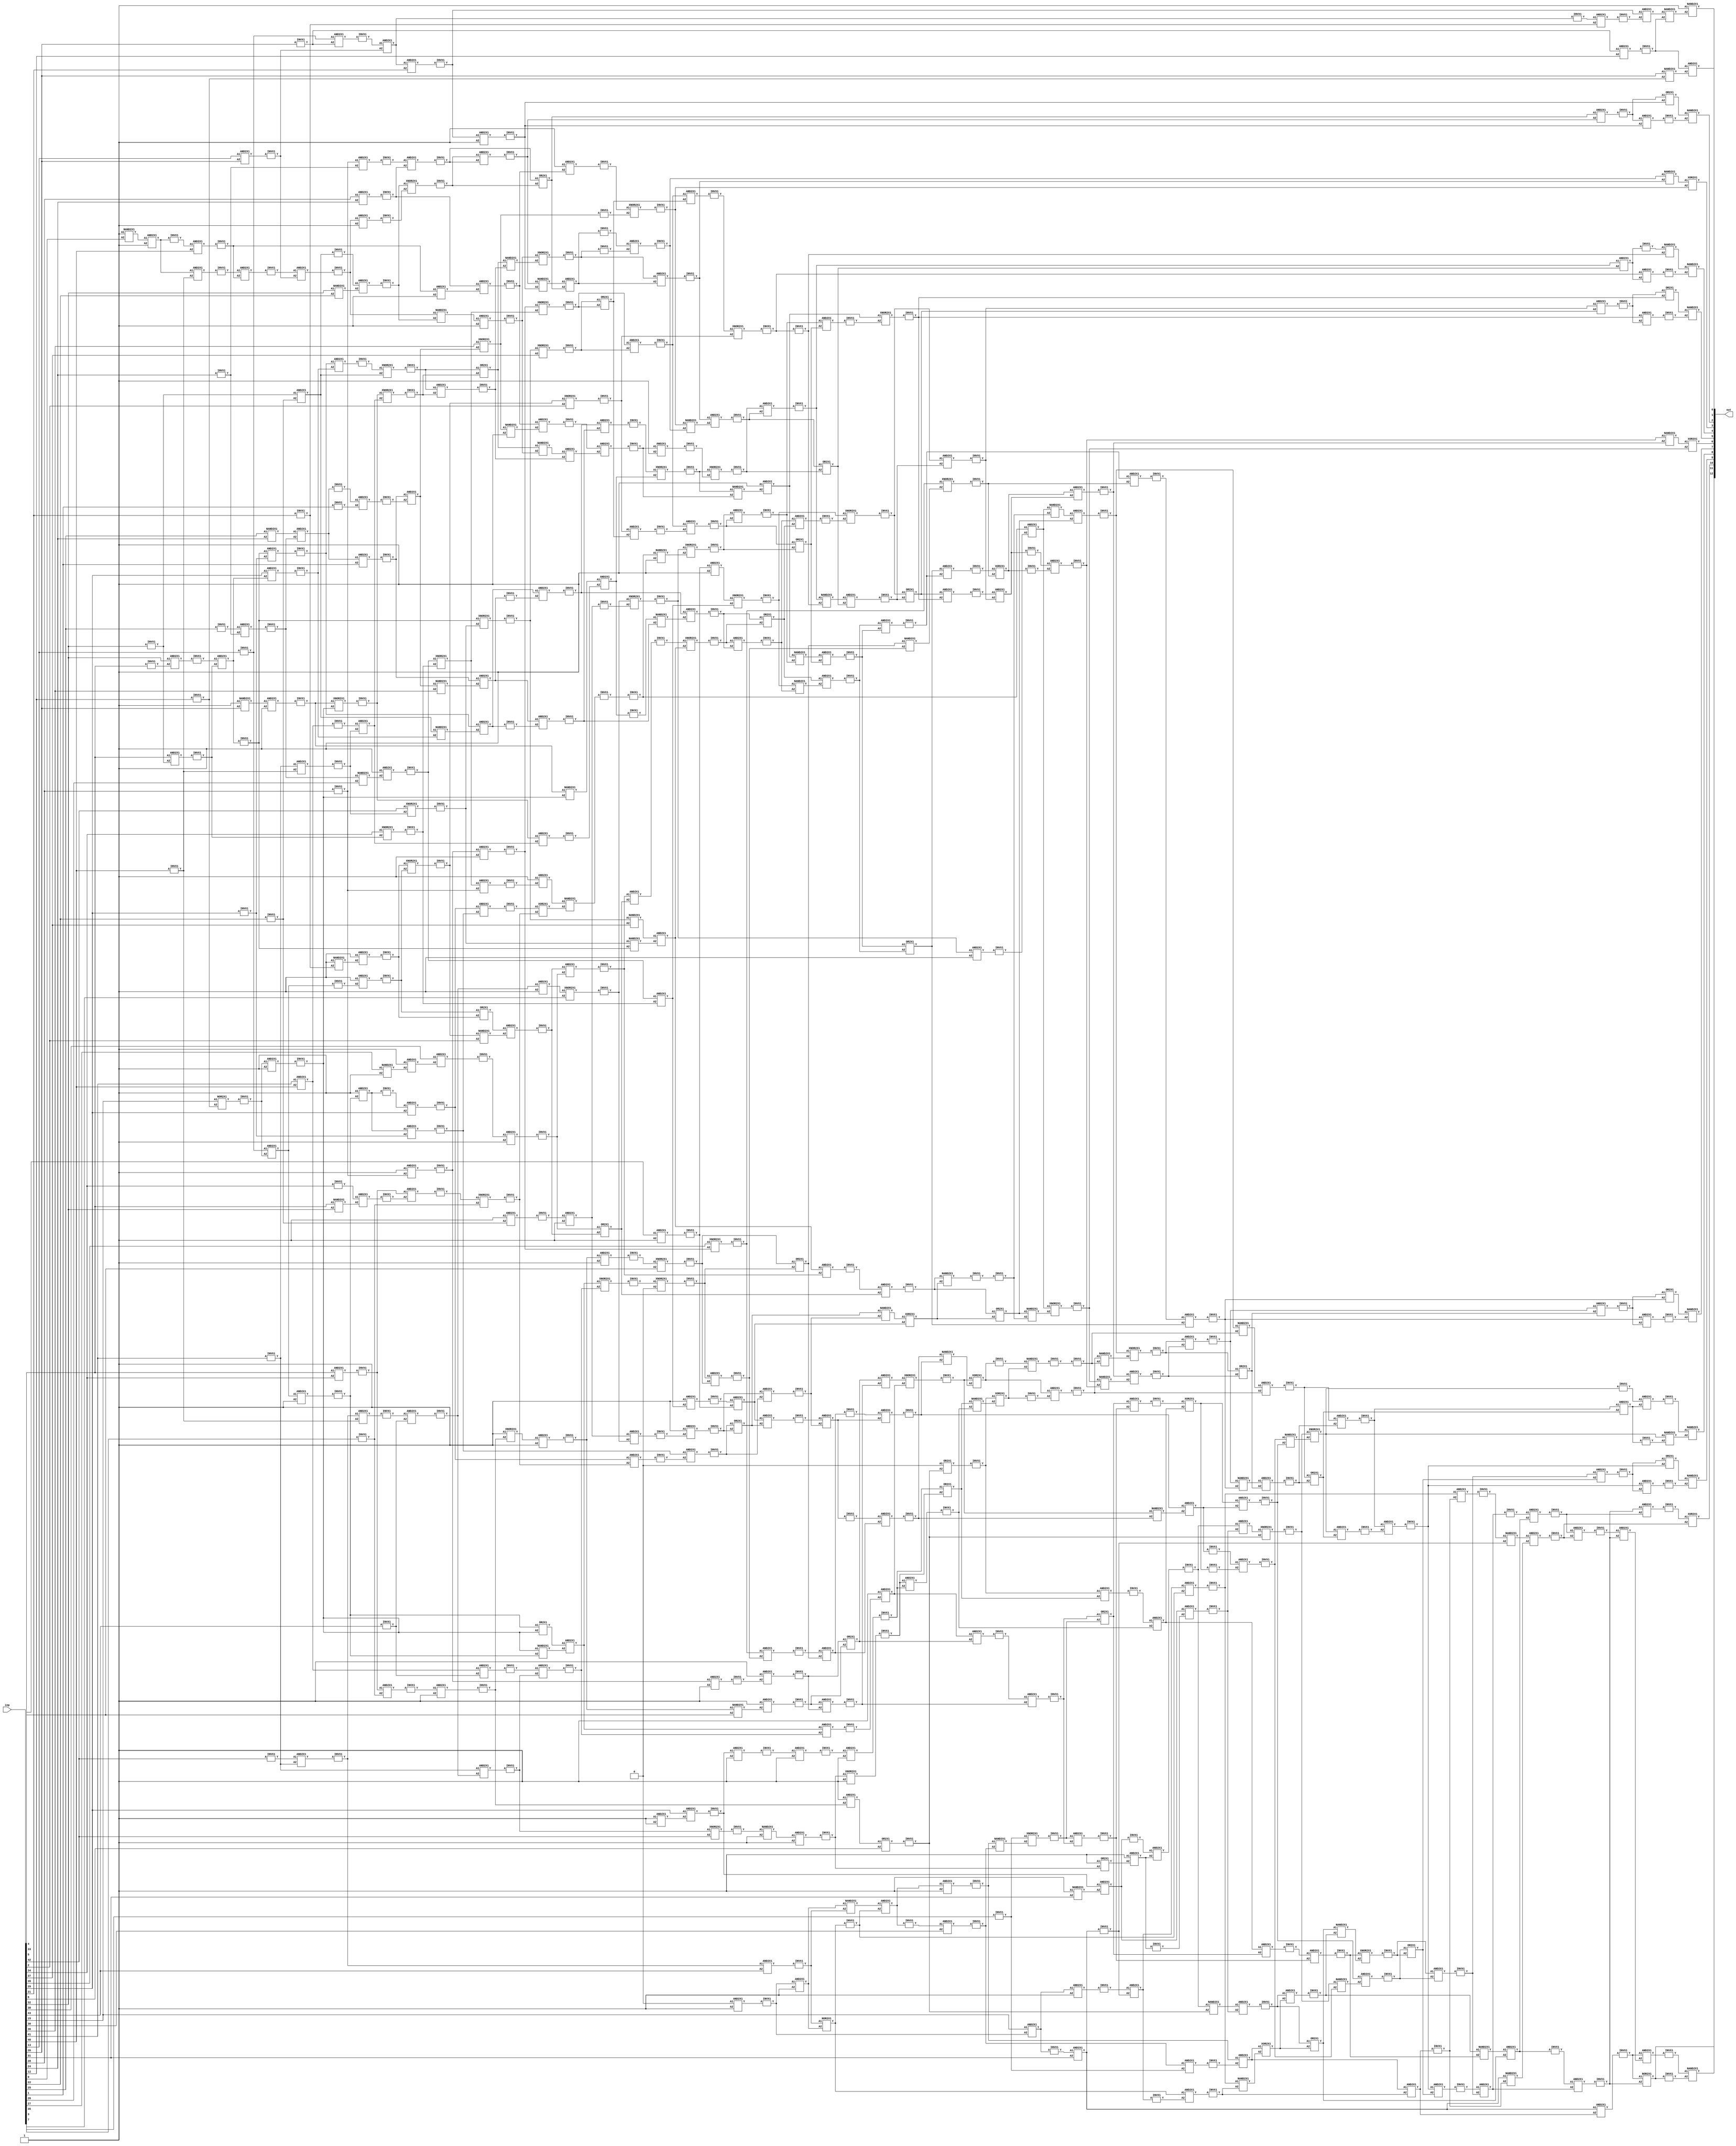
/////////////////////////////////////////////////////////////
// Version   : S-2021.06-SP2
/////////////////////////////////////////////////////////////


module top ( inp, out );
  input [43:0] inp;
  output [12:0] out;
  wire   n8, n9, n10, n11, n12, n13, n14, n15, n16, n17, n18, n19, n20, n21,
         n22, n23, n24, n25, n26, n27, n28, n29, n30, n31, n32, n33, n34, n35,
         n36, n37, n38, n39, n40, n41, n42, n43, n44, n45, n46, n47, n48, n49,
         n50, n51, n52, n53, n54, n55, n56, n57, n58, n59, n60, n61, n62, n63,
         n64, n65, n66, n67, n68, n69, n70, n71, n72, n73, n74, n75, n76, n77,
         n78, n79, n80, n81, n82, n83, n84, n85, n86, n87, n88, n89, n90, n91,
         n92, n93, n94, n95, n96, n98, n99, n100, n101, n102, n103, n104, n105,
         n106, n107, n108, n109, n110, n111, n112, n113, n114, n115, n116,
         n117, n118, n119, n120, n121, n122, n123, n124, n125, n126, n127,
         n128, n129, n130, n131, n132, n133, n134, n135, n136, n137, n138,
         n139, n140, n141, n142, n143, n144, n145, n146, n147, n148, n149,
         n150, n151, n152, n153, n154, n155, n156, n157, n158, n159, n160,
         n161, n162, n163, n164, n165, n166, n167, n168, n169, n170, n171,
         n172, n173, n174, n175, n176, n177, n178, n179, n180, n181, n182,
         n183, n184, n185, n186, n187, n188, n189, n190, n191, n192, n193,
         n194, n195, n196, n197, n198, n199, n200, n201, n202, n203, n204,
         n205, n206, n207, n208, n209, n210, n211, n212, n213, n214, n215,
         n216, n217, n218, n219, n220, n221, n222, n223, n224, n225, n226,
         n227, n228, n229, n230, n231, n232, n233, n234, n235, n236, n237,
         n238, n239, n240, n241, n242, n243, n244, n245, n246, n247, n248,
         n249, n250, n251, n252, n253, n254, n255, n256, n257, n258, n259,
         n260, n261, n262, n263, n264, n265, n266, n267, n268, n269, n270,
         n271, n272, n273, n274, n275, n276, n277, n278, n279, n280, n281,
         n282, n283, n284, n285, n286, n287, n288, n289, n290, n291, n292,
         n293, n294, n295, n296, n297, n298, n299, n300, n301, n302, n303,
         n304, n305, n306, n307, n308, n309, n310, n311, n312, n313, n314,
         n315, n316, n317, n318, n319, n320, n321, n322, n323, n324, n325,
         n326, n327, n328, n329, n330, n331, n332, n333, n334, n335, n336,
         n337, n338, n339, n340, n341, n342, n343, n344, n345, n346, n347,
         n348, n349, n350, n351, n352, n353, n354, n355, n356, n357, n358,
         n359, n360, n361, n362, n363, n364, n365, n366, n367, n368, n369,
         n370, n371, n372, n373, n374, n375, n376, n377, n378, n379, n380,
         n381, n382, n383, n384, n385, n386, n387, n388, n389, n390, n391,
         n392, n393, n394, n395, n396, n397, n398, n399, n400, n401, n402,
         n403, n404, n405, n406, n407, n408, n409, n410, n411, n412, n413,
         n414, n415, n416, n417, n418, n419, n420, n421, n422, n423, n424,
         n425, n426, n427, n428, n429, n430, n431, n432, n433, n434, n435,
         n436, n437, n438, n439, n440, n441, n442, n443, n444, n445, n446,
         n447, n448, n449, n450, n451, n452, n453, n454, n455, n456, n457,
         n458, n459, n460, n461, n462, n463, n464, n465, n466, n467, n468,
         n469, n470, n471, n472, n473, n474, n475, n476, n477, n478, n479,
         n480, n481, n482, n483, n484, n485, n486, n487, n488, n489, n490,
         n491, n492, n493, n494, n495, n496, n497, n498, n499, n500, n501,
         n502, n503, n504, n505, n506, n507, n508, n509, n510, n511, n512,
         n513, n514, n515, n516, n517, n518, n519, n520, n521, n522, n523,
         n524, n525, n526, n527, n528, n529, n530, n531, n532, n533, n534,
         n535, n536, n537, n538, n539, n540, n541, n542, n543, n544, n545,
         n546, n547, n548, n549, n550, n551, n552, n553, n554, n555, n556,
         n557, n558, n559, n560, n561, n562, n563, n564, n565, n566, n567,
         n568, n569, n570, n571, n572, n573, n574, n575, n576, n577, n578,
         n579, n580, n581, n582, n583, n584, n585, n586, n587, n588, n589,
         n590, n591, n592, n593, n594, n595, n596, n597, n598, n599, n600,
         n601, n602, n603, n604, n605, n606, n607, n608, n609, n610, n611,
         n612, n613, n614, n615, n616, n617, n618, n619, n620, n621, n622,
         n623, n624, n625, n626, n627, n628, n629, n630, n631, n632, n633,
         n634, n635, n636, n637, n638, n639, n640, n641, n642, n643, n644,
         n645, n646, n647, n648, n649, n650, n651, n652, n653, n654, n655,
         n656, n657, n658, n659, n660, n661, n662, n663, n664, n665, n666,
         n667, n668, n669, n670, n671, n672, n673, n674, n675, n676, n677,
         n678, n679, n680, n681, n682, n683, n684, n685, n686, n687, n688,
         n689, n690, n691, n692, n693, n694, n695, n696, n697, n698, n699,
         n700, n701, n702, n703, n704, n705, n706;

  AND2X1 U16 ( .A1(n632), .A2(n633), .Y(n672) );
  INVX1 U17 ( .A(n672), .Y(n8) );
  AND2X1 U18 ( .A1(n506), .A2(n505), .Y(n588) );
  INVX1 U19 ( .A(n588), .Y(n9) );
  AND2X1 U20 ( .A1(n569), .A2(n237), .Y(n573) );
  INVX1 U21 ( .A(n573), .Y(n10) );
  AND2X1 U22 ( .A1(n38), .A2(n235), .Y(n530) );
  INVX1 U23 ( .A(n530), .Y(n11) );
  AND2X1 U24 ( .A1(n664), .A2(n262), .Y(n631) );
  INVX1 U25 ( .A(n631), .Y(n12) );
  AND2X1 U26 ( .A1(n270), .A2(n346), .Y(n348) );
  INVX1 U27 ( .A(n348), .Y(n13) );
  AND2X1 U28 ( .A1(inp[32]), .A2(n326), .Y(n328) );
  INVX1 U29 ( .A(n328), .Y(n14) );
  AND2X1 U30 ( .A1(n441), .A2(n343), .Y(n306) );
  INVX1 U31 ( .A(n306), .Y(n15) );
  AND2X1 U32 ( .A1(n459), .A2(n458), .Y(n460) );
  INVX1 U33 ( .A(n460), .Y(n16) );
  AND2X1 U34 ( .A1(n391), .A2(n299), .Y(n300) );
  INVX1 U35 ( .A(n300), .Y(n17) );
  AND2X1 U36 ( .A1(n489), .A2(n490), .Y(n493) );
  INVX1 U37 ( .A(n493), .Y(n18) );
  AND2X1 U38 ( .A1(n309), .A2(n454), .Y(n310) );
  INVX1 U39 ( .A(n310), .Y(n19) );
  AND2X1 U40 ( .A1(n439), .A2(n441), .Y(n442) );
  INVX1 U41 ( .A(n442), .Y(n20) );
  AND2X1 U42 ( .A1(n233), .A2(n654), .Y(n539) );
  INVX1 U43 ( .A(n539), .Y(n21) );
  AND2X1 U44 ( .A1(n653), .A2(n654), .Y(n655) );
  INVX1 U45 ( .A(n655), .Y(n22) );
  AND2X1 U46 ( .A1(n48), .A2(n481), .Y(n484) );
  INVX1 U47 ( .A(n484), .Y(n23) );
  AND2X1 U48 ( .A1(n248), .A2(n660), .Y(n661) );
  INVX1 U49 ( .A(n661), .Y(n24) );
  AND2X1 U50 ( .A1(n577), .A2(n576), .Y(n603) );
  INVX1 U51 ( .A(n603), .Y(n25) );
  INVX1 U52 ( .A(n580), .Y(n26) );
  INVX1 U53 ( .A(n26), .Y(n27) );
  AND2X1 U54 ( .A1(n59), .A2(n663), .Y(n691) );
  INVX1 U55 ( .A(n691), .Y(n28) );
  AND2X1 U56 ( .A1(n101), .A2(n396), .Y(n397) );
  INVX1 U57 ( .A(n397), .Y(n29) );
  AND2X1 U58 ( .A1(n210), .A2(n646), .Y(n648) );
  INVX1 U59 ( .A(n648), .Y(n30) );
  AND2X1 U60 ( .A1(inp[43]), .A2(n455), .Y() );
  INVX1 U61 ( .A(n456), .Y() );
  OR2X1 U62 ( .A1(n549), .A2(n141), .Y(n628) );
  INVX1 U63 ( .A(n628), .Y(n32) );
  XNOR2X1 U64 ( .A1(n35), .A2(n570), .Y(n497) );
  INVX1 U65 ( .A(n497), .Y(n33) );
  XNOR2X1 U66 ( .A1(n42), .A2(n199), .Y(n434) );
  INVX1 U67 ( .A(n434), .Y(n34) );
  XNOR2X1 U68 ( .A1(n569), .A2(n237), .Y(n571) );
  INVX1 U69 ( .A(n571), .Y(n35) );
  XNOR2X1 U70 ( .A1(n515), .A2(inp[3]), .Y(n517) );
  INVX1 U71 ( .A(n517), .Y(n36) );
  XNOR2X1 U72 ( .A1(n165), .A2(n508), .Y(n422) );
  INVX1 U73 ( .A(n422), .Y(n37) );
  XNOR2X1 U74 ( .A1(n36), .A2(n222), .Y(n528) );
  INVX1 U75 ( .A(n528), .Y(n38) );
  AND2X1 U76 ( .A1(n280), .A2(inp[29]), .Y(n511) );
  INVX1 U77 ( .A(n511), .Y(n39) );
  AND2X1 U78 ( .A1(n347), .A2(inp[1]), .Y(n370) );
  INVX1 U79 ( .A(n370), .Y(n40) );
  AND2X1 U80 ( .A1(n296), .A2(inp[14]), .Y() );
  INVX1 U81 ( .A(n614), .Y() );
  XNOR2X1 U82 ( .A1(n427), .A2(n522), .Y(n476) );
  INVX1 U83 ( .A(n476), .Y(n42) );
  XNOR2X1 U84 ( .A1(n644), .A2(n141), .Y(n670) );
  INVX1 U85 ( .A(n670), .Y(n43) );
  XNOR2X1 U86 ( .A1(n574), .A2(n622), .Y(n608) );
  INVX1 U87 ( .A(n608), .Y(n44) );
  XNOR2X1 U88 ( .A1(n266), .A2(n584), .Y(n590) );
  INVX1 U89 ( .A(n590), .Y(n45) );
  XNOR2X1 U90 ( .A1(n62), .A2(n668), .Y(n673) );
  INVX1 U91 ( .A(n673), .Y(n46) );
  AND2X1 U92 ( .A1(inp[30]), .A2(inp[28]), .Y() );
  INVX1 U93 ( .A(n562), .Y() );
  AND2X1 U94 ( .A1(inp[33]), .A2(inp[34]), .Y(n482) );
  INVX1 U95 ( .A(n482), .Y(n48) );
  AND2X1 U96 ( .A1(n392), .A2(inp[13]), .Y() );
  INVX1 U97 ( .A(n124), .Y() );
  AND2X1 U98 ( .A1(n251), .A2(inp[40]), .Y(n349) );
  INVX1 U99 ( .A(n349), .Y(n50) );
  AND2X1 U100 ( .A1(n486), .A2(n277), .Y() );
  INVX1 U101 ( .A(n125), .Y() );
  AND2X1 U102 ( .A1(n487), .A2(n485), .Y(n564) );
  INVX1 U103 ( .A(n564), .Y(n52) );
  AND2X1 U104 ( .A1(n657), .A2(n656), .Y(n683) );
  INVX1 U105 ( .A(n683), .Y(n53) );
  XNOR2X1 U106 ( .A1(n660), .A2(n620), .Y(n625) );
  INVX1 U107 ( .A(n625), .Y(n54) );
  XNOR2X1 U108 ( .A1(n38), .A2(n461), .Y(n463) );
  INVX1 U109 ( .A(n463), .Y(n55) );
  AND2X1 U110 ( .A1(n176), .A2(n264), .Y(n591) );
  INVX1 U111 ( .A(n591), .Y(n56) );
  AND2X1 U112 ( .A1(n149), .A2(n221), .Y(n507) );
  INVX1 U113 ( .A(n507), .Y(n57) );
  AND2X1 U114 ( .A1(n64), .A2(n259), .Y(n677) );
  INVX1 U115 ( .A(n677), .Y(n58) );
  AND2X1 U116 ( .A1(n131), .A2(n230), .Y(n120) );
  INVX1 U117 ( .A(n120), .Y(n59) );
  AND2X1 U118 ( .A1(n145), .A2(n193), .Y(n462) );
  INVX1 U119 ( .A(n462), .Y(n60) );
  AND2X1 U120 ( .A1(n206), .A2(n207), .Y(n116) );
  INVX1 U121 ( .A(n116), .Y(n61) );
  AND2X1 U122 ( .A1(n192), .A2(n262), .Y(n692) );
  INVX1 U123 ( .A(n692), .Y(n62) );
  XNOR2X1 U124 ( .A1(n581), .A2(n532), .Y(n585) );
  INVX1 U125 ( .A(n585), .Y(n63) );
  AND2X1 U126 ( .A1(n604), .A2(n25), .Y(n606) );
  INVX1 U127 ( .A(n606), .Y(n64) );
  AND2X1 U128 ( .A1(n159), .A2(n285), .Y(n334) );
  INVX1 U129 ( .A(n334), .Y(n65) );
  AND2X1 U130 ( .A1(n191), .A2(n228), .Y(n626) );
  INVX1 U131 ( .A(n626), .Y(n66) );
  AND2X1 U132 ( .A1(n339), .A2(n236), .Y(n118) );
  INVX1 U133 ( .A(n118), .Y(n67) );
  AND2X1 U134 ( .A1(inp[4]), .A2(n654), .Y(n524) );
  INVX1 U135 ( .A(n524), .Y(n68) );
  AND2X1 U136 ( .A1(n23), .A2(n284), .Y(n546) );
  INVX1 U137 ( .A(n546), .Y(n69) );
  AND2X1 U138 ( .A1(n273), .A2(n490), .Y(n491) );
  INVX1 U139 ( .A(n491), .Y(n70) );
  AND2X1 U140 ( .A1(n612), .A2(n613), .Y(n652) );
  INVX1 U141 ( .A(n652), .Y(n71) );
  AND2X1 U142 ( .A1(n619), .A2(n618), .Y(n662) );
  INVX1 U143 ( .A(n662), .Y(n72) );
  AND2X1 U144 ( .A1(inp[31]), .A2(n424), .Y() );
  INVX1 U145 ( .A(n521), .Y() );
  AND2X1 U146 ( .A1(n492), .A2(n454), .Y(n384) );
  INVX1 U147 ( .A(n384), .Y(n74) );
  AND2X1 U148 ( .A1(inp[33]), .A2(n327), .Y(n387) );
  INVX1 U149 ( .A(n387), .Y(n75) );
  AND2X1 U150 ( .A1(n445), .A2(n536), .Y(n514) );
  INVX1 U151 ( .A(n514), .Y(n76) );
  AND2X1 U152 ( .A1(n293), .A2(n536), .Y(n373) );
  INVX1 U153 ( .A(n373), .Y(n77) );
  AND2X1 U154 ( .A1(n618), .A2(n441), .Y(n560) );
  INVX1 U155 ( .A(n560), .Y(n78) );
  AND2X1 U156 ( .A1(n453), .A2(n492), .Y(n611) );
  INVX1 U157 ( .A(n611), .Y(n79) );
  XNOR2X1 U158 ( .A1(n177), .A2(n329), .Y(n332) );
  INVX1 U159 ( .A(n332), .Y(n80) );
  XNOR2X1 U160 ( .A1(n195), .A2(inp[5]), .Y(n496) );
  INVX1 U161 ( .A(n496), .Y(n81) );
  XNOR2X1 U162 ( .A1(n154), .A2(n171), .Y(n316) );
  INVX1 U163 ( .A(n316), .Y(n82) );
  XNOR2X1 U164 ( .A1(n209), .A2(n284), .Y(n545) );
  INVX1 U165 ( .A(n545), .Y(n83) );
  XNOR2X1 U166 ( .A1(n213), .A2(inp[42]), .Y(n541) );
  INVX1 U167 ( .A(n541), .Y(n84) );
  XNOR2X1 U168 ( .A1(n153), .A2(n439), .Y(n388) );
  INVX1 U169 ( .A(n388), .Y(n85) );
  XNOR2X1 U170 ( .A1(n92), .A2(inp[2]), .Y(n436) );
  INVX1 U171 ( .A(n436), .Y(n86) );
  XNOR2X1 U172 ( .A1(n95), .A2(n499), .Y(n592) );
  INVX1 U173 ( .A(n592), .Y(n87) );
  XNOR2X1 U174 ( .A1(inp[34]), .A2(n75), .Y(n425) );
  INVX1 U175 ( .A(n425), .Y(n88) );
  XNOR2X1 U176 ( .A1(n98), .A2(n172), .Y(n382) );
  INVX1 U177 ( .A(n382), .Y(n89) );
  XNOR2X1 U178 ( .A1(n94), .A2(inp[37]), .Y(n389) );
  INVX1 U179 ( .A(n389), .Y(n90) );
  XNOR2X1 U180 ( .A1(n93), .A2(n365), .Y(n331) );
  INVX1 U181 ( .A(n331), .Y(n91) );
  XNOR2X1 U182 ( .A1(n215), .A2(n250), .Y(n411) );
  INVX1 U183 ( .A(n411), .Y(n92) );
  XNOR2X1 U184 ( .A1(n156), .A2(n186), .Y(n366) );
  INVX1 U185 ( .A(n366), .Y(n93) );
  XNOR2X1 U186 ( .A1(n293), .A2(n96), .Y(n418) );
  INVX1 U187 ( .A(n418), .Y(n94) );
  XNOR2X1 U188 ( .A1(inp[39]), .A2(n153), .Y(n554) );
  INVX1 U189 ( .A(n554), .Y(n95) );
  XNOR2X1 U190 ( .A1(inp[42]), .A2(n74), .Y(n416) );
  INVX1 U191 ( .A(n416), .Y(n96) );
  NOR2X1 U192 ( .A1(n105), .A2(n188), .Y(out[12]) );
  XNOR2X1 U193 ( .A1(n174), .A2(n400), .Y(n464) );
  INVX1 U194 ( .A(n464), .Y(n98) );
  XNOR2X1 U195 ( .A1(n158), .A2(n481), .Y(n512) );
  INVX1 U196 ( .A(n512), .Y(n99) );
  XNOR2X1 U197 ( .A1(n173), .A2(n276), .Y(n379) );
  INVX1 U198 ( .A(n379), .Y(n100) );
  XNOR2X1 U199 ( .A1(n194), .A2(n86), .Y(n119) );
  INVX1 U200 ( .A(n119), .Y(n101) );
  XNOR2X1 U201 ( .A1(n275), .A2(n336), .Y(n342) );
  INVX1 U202 ( .A(n342), .Y(n102) );
  AND2X1 U203 ( .A1(inp[29]), .A2(n535), .Y(n637) );
  INVX1 U204 ( .A(n637), .Y(n103) );
  AND2X1 U205 ( .A1(n243), .A2(n351), .Y() );
  INVX1 U206 ( .A(n359), .Y() );
  AND2X1 U207 ( .A1(n685), .A2(n698), .Y(n703) );
  INVX1 U208 ( .A(n703), .Y(n105) );
  AND2X1 U209 ( .A1(n249), .A2(n695), .Y(n700) );
  INVX1 U210 ( .A(n700), .Y(n106) );
  INVX1 U211 ( .A(n467), .Y() );
  INVX1 U212 ( .A(n107), .Y() );
  AND2X1 U213 ( .A1(n374), .A2(n252), .Y(n402) );
  INVX1 U214 ( .A(n402), .Y(n109) );
  AND2X1 U215 ( .A1(n301), .A2(inp[21]), .Y(n318) );
  INVX1 U216 ( .A(n318), .Y(n110) );
  AND2X1 U217 ( .A1(n294), .A2(n350), .Y(n361) );
  INVX1 U218 ( .A(n361), .Y(n111) );
  AND2X1 U219 ( .A1(inp[23]), .A2(inp[20]), .Y() );
  INVX1 U220 ( .A(n121), .Y() );
  AND2X1 U221 ( .A1(n58), .A2(n198), .Y(n122) );
  INVX1 U222 ( .A(n122), .Y(n113) );
  AND2X1 U223 ( .A1(inp[14]), .A2(inp[0]), .Y() );
  INVX1 U224 ( .A(n123), .Y() );
  XNOR2X1 U225 ( .A1(n473), .A2(n187), .Y(n135) );
  INVX1 U226 ( .A(n135), .Y(n115) );
  NAND2X1 U227 ( .A1(n647), .A2(n138), .Y(n117) );
  NAND2X1 U228 ( .A1(n627), .A2(n185), .Y(n126) );
  NAND2X1 U229 ( .A1(n53), .A2(n147), .Y(n127) );
  NAND2X1 U230 ( .A1(n186), .A2(n283), .Y(n128) );
  NAND2X1 U231 ( .A1(n236), .A2(n179), .Y(n129) );
  NAND2X1 U232 ( .A1(n156), .A2(n186), .Y(n130) );
  NAND2X1 U233 ( .A1(n246), .A2(n141), .Y(n131) );
  NAND2X1 U234 ( .A1(n261), .A2(n184), .Y(n132) );
  NAND2X1 U235 ( .A1(n473), .A2(n180), .Y(n133) );
  NAND2X1 U236 ( .A1(n65), .A2(n154), .Y(n134) );
  AND2X1 U237 ( .A1(n102), .A2(n341), .Y(n381) );
  INVX1 U238 ( .A(n381), .Y(n136) );
  AND2X1 U239 ( .A1(n255), .A2(n432), .Y(n396) );
  INVX1 U240 ( .A(n396), .Y(n137) );
  AND2X1 U241 ( .A1(n58), .A2(n675), .Y(n646) );
  INVX1 U242 ( .A(n646), .Y(n138) );
  AND2X1 U243 ( .A1(n694), .A2(n693), .Y(n695) );
  INVX1 U244 ( .A(n695), .Y(n139) );
  AND2X1 U245 ( .A1(n641), .A2(n640), .Y(n642) );
  INVX1 U246 ( .A(n642), .Y(n140) );
  OR2X1 U247 ( .A1(n548), .A2(inp[6]), .Y(n650) );
  INVX1 U248 ( .A(n650), .Y(n141) );
  XNOR2X1 U249 ( .A1(n155), .A2(n88), .Y(n439) );
  INVX1 U250 ( .A(n439), .Y(n142) );
  AND2X1 U251 ( .A1(n404), .A2(n403), .Y() );
  INVX1 U252 ( .A(n547), .Y() );
  AND2X1 U253 ( .A1(n33), .A2(n81), .Y(n555) );
  INVX1 U254 ( .A(n555), .Y(n144) );
  AND2X1 U255 ( .A1(n85), .A2(n90), .Y(n437) );
  INVX1 U256 ( .A(n437), .Y(n145) );
  AND2X1 U257 ( .A1(n37), .A2(n258), .Y(n475) );
  INVX1 U258 ( .A(n475), .Y(n146) );
  AND2X1 U259 ( .A1(n658), .A2(n274), .Y(n681) );
  INVX1 U260 ( .A(n681), .Y(n147) );
  AND2X1 U261 ( .A1(n21), .A2(n538), .Y(n544) );
  INVX1 U262 ( .A(n544), .Y(n148) );
  AND2X1 U263 ( .A1(n413), .A2(n412), .Y(n414) );
  INVX1 U264 ( .A(n414), .Y(n149) );
  AND2X1 U265 ( .A1(n51), .A2(n565), .Y(n567) );
  INVX1 U266 ( .A(n567), .Y(n150) );
  AND2X1 U267 ( .A1(n447), .A2(n446), .Y(n483) );
  INVX1 U268 ( .A(n483), .Y(n151) );
  AND2X1 U269 ( .A1(n39), .A2(n99), .Y(n513) );
  INVX1 U270 ( .A(n513), .Y(n152) );
  AND2X1 U271 ( .A1(n78), .A2(n47), .Y(n498) );
  INVX1 U272 ( .A(n498), .Y(n153) );
  AND2X1 U273 ( .A1(n272), .A2(n313), .Y(n333) );
  INVX1 U274 ( .A(n333), .Y(n154) );
  AND2X1 U275 ( .A1(n405), .A2(n386), .Y(n426) );
  INVX1 U276 ( .A(n426), .Y(n155) );
  AND2X1 U277 ( .A1(n325), .A2(n324), .Y(n364) );
  INVX1 U278 ( .A(n364), .Y(n156) );
  AND2X1 U279 ( .A1(n47), .A2(n182), .Y(n566) );
  INVX1 U280 ( .A(n566), .Y(n157) );
  AND2X1 U281 ( .A1(n48), .A2(n151), .Y(n448) );
  INVX1 U282 ( .A(n448), .Y(n158) );
  AND2X1 U283 ( .A1(n19), .A2(n50), .Y(n311) );
  INVX1 U284 ( .A(n311), .Y(n159) );
  AND2X1 U285 ( .A1(n113), .A2(n267), .Y(n680) );
  INVX1 U286 ( .A(n680), .Y(n160) );
  AND2X1 U287 ( .A1(n508), .A2(n57), .Y(n510) );
  INVX1 U288 ( .A(n510), .Y(n161) );
  AND2X1 U289 ( .A1(n9), .A2(n587), .Y(n589) );
  INVX1 U290 ( .A(n589), .Y(n162) );
  AND2X1 U291 ( .A1(n56), .A2(n87), .Y(n593) );
  INVX1 U292 ( .A(n593), .Y(n163) );
  AND2X1 U293 ( .A1(n431), .A2(n432), .Y(n433) );
  INVX1 U294 ( .A(n433), .Y(n164) );
  AND2X1 U295 ( .A1(n57), .A2(n509), .Y(n421) );
  INVX1 U296 ( .A(n421), .Y(n165) );
  AND2X1 U297 ( .A1(n594), .A2(n56), .Y(n500) );
  INVX1 U298 ( .A(n500), .Y(n166) );
  AND2X1 U299 ( .A1(n188), .A2(n106), .Y(n697) );
  INVX1 U300 ( .A(n697), .Y(n167) );
  AND2X1 U301 ( .A1(n73), .A2(n522), .Y(n523) );
  INVX1 U302 ( .A(n523), .Y(n168) );
  AND2X1 U303 ( .A1(n53), .A2(n292), .Y(n684) );
  INVX1 U304 ( .A(n684), .Y(n169) );
  AND2X1 U305 ( .A1(n105), .A2(n704), .Y(n705) );
  INVX1 U306 ( .A(n705), .Y(n170) );
  AND2X1 U307 ( .A1(n65), .A2(n335), .Y(n314) );
  INVX1 U308 ( .A(n314), .Y(n171) );
  AND2X1 U309 ( .A1(n242), .A2(n108), .Y(n377) );
  INVX1 U310 ( .A(n377), .Y(n172) );
  AND2X1 U311 ( .A1(n104), .A2(n111), .Y(n352) );
  INVX1 U312 ( .A(n352), .Y(n173) );
  AND2X1 U313 ( .A1(n109), .A2(n241), .Y(n376) );
  INVX1 U314 ( .A(n376), .Y(n174) );
  AND2X1 U315 ( .A1(n15), .A2(n294), .Y(n315) );
  INVX1 U316 ( .A(n315), .Y(n175) );
  AND2X1 U317 ( .A1(n478), .A2(n477), .Y(n479) );
  INVX1 U318 ( .A(n479), .Y(n176) );
  AND2X1 U319 ( .A1(n77), .A2(n281), .Y(n330) );
  INVX1 U320 ( .A(n330), .Y(n177) );
  AND2X1 U321 ( .A1(n39), .A2(n76), .Y(n449) );
  INVX1 U322 ( .A(n449), .Y(n178) );
  AND2X1 U323 ( .A1(n110), .A2(n319), .Y(n338) );
  INVX1 U324 ( .A(n338), .Y(n179) );
  AND2X1 U325 ( .A1(n55), .A2(n60), .Y(n472) );
  INVX1 U326 ( .A(n472), .Y(n180) );
  AND2X1 U327 ( .A1(n687), .A2(n686), .Y(n699) );
  INVX1 U328 ( .A(n699), .Y(n181) );
  AND2X1 U329 ( .A1(n78), .A2(n561), .Y(n563) );
  INVX1 U330 ( .A(n563), .Y(n182) );
  AND2X1 U331 ( .A1(n184), .A2(n269), .Y(n597) );
  INVX1 U332 ( .A(n597), .Y(n183) );
  AND2X1 U333 ( .A1(n163), .A2(n594), .Y(n598) );
  INVX1 U334 ( .A(n598), .Y(n184) );
  AND2X1 U335 ( .A1(n83), .A2(n148), .Y(n630) );
  INVX1 U336 ( .A(n630), .Y(n185) );
  AND2X1 U337 ( .A1(n390), .A2(n323), .Y(n494) );
  INVX1 U338 ( .A(n494), .Y(n186) );
  AND2X1 U339 ( .A1(n180), .A2(n474), .Y(n468) );
  INVX1 U340 ( .A(n468), .Y(n187) );
  AND2X1 U341 ( .A1(n139), .A2(n696), .Y(n701) );
  INVX1 U342 ( .A(n701), .Y(n188) );
  AND2X1 U343 ( .A1(n67), .A2(n179), .Y(n321) );
  INVX1 U344 ( .A(n321), .Y(n189) );
  AND2X1 U345 ( .A1(n106), .A2(n181), .Y(n702) );
  INVX1 U346 ( .A(n702), .Y(n190) );
  AND2X1 U347 ( .A1(n622), .A2(n621), .Y(n623) );
  INVX1 U348 ( .A(n623), .Y(n191) );
  AND2X1 U349 ( .A1(n665), .A2(n664), .Y(n666) );
  INVX1 U350 ( .A(n666), .Y(n192) );
  AND2X1 U351 ( .A1(n86), .A2(n435), .Y(n438) );
  INVX1 U352 ( .A(n438), .Y(n193) );
  AND2X1 U353 ( .A1(n145), .A2(n435), .Y(n395) );
  INVX1 U354 ( .A(n395), .Y(n194) );
  AND2X1 U355 ( .A1(n52), .A2(n51), .Y(n488) );
  INVX1 U356 ( .A(n488), .Y(n195) );
  AND2X1 U357 ( .A1(n113), .A2(n688), .Y(n689) );
  INVX1 U358 ( .A(n689), .Y(n196) );
  AND2X1 U359 ( .A1(n551), .A2(n550), .Y(n552) );
  INVX1 U360 ( .A(n552), .Y(n197) );
  AND2X1 U361 ( .A1(n647), .A2(n675), .Y(n676) );
  INVX1 U362 ( .A(n676), .Y(n198) );
  AND2X1 U363 ( .A1(n146), .A2(n478), .Y(n428) );
  INVX1 U364 ( .A(n428), .Y(n199) );
  AND2X1 U365 ( .A1(n32), .A2(n627), .Y(n629) );
  INVX1 U366 ( .A(n629), .Y(n200) );
  AND2X1 U367 ( .A1(n115), .A2(n268), .Y(n471) );
  INVX1 U368 ( .A(n471), .Y(n201) );
  AND2X1 U369 ( .A1(n501), .A2(n115), .Y(n502) );
  INVX1 U370 ( .A(n502), .Y(n202) );
  AND2X1 U371 ( .A1(inp[38]), .A2(n407), .Y(n408) );
  INVX1 U372 ( .A(n408), .Y(n203) );
  AND2X1 U373 ( .A1(n93), .A2(n365), .Y(n367) );
  INVX1 U374 ( .A(n367), .Y(n204) );
  AND2X1 U375 ( .A1(n35), .A2(n570), .Y() );
  INVX1 U376 ( .A(n572), .Y() );
  AND2X1 U377 ( .A1(inp[3]), .A2(n515), .Y() );
  INVX1 U378 ( .A(n519), .Y() );
  AND2X1 U379 ( .A1(n516), .A2(n36), .Y(n518) );
  INVX1 U380 ( .A(n518), .Y(n207) );
  AND2X1 U381 ( .A1(n95), .A2(n144), .Y(n556) );
  INVX1 U382 ( .A(n556), .Y(n208) );
  AND2X1 U383 ( .A1(n543), .A2(n641), .Y(n638) );
  INVX1 U384 ( .A(n638), .Y(n209) );
  XNOR2X1 U385 ( .A1(n43), .A2(n645), .Y(n647) );
  INVX1 U386 ( .A(n647), .Y(n210) );
  AND2X1 U387 ( .A1(n49), .A2(n271), .Y(n535) );
  INVX1 U388 ( .A(n535), .Y(n211) );
  AND2X1 U389 ( .A1(n617), .A2(n656), .Y(n619) );
  INVX1 U390 ( .A(n619), .Y(n212) );
  AND2X1 U391 ( .A1(n492), .A2(n70), .Y(n540) );
  INVX1 U392 ( .A(n540), .Y(n213) );
  AND2X1 U393 ( .A1(n79), .A2(inp[43]), .Y(n615) );
  INVX1 U394 ( .A(n615), .Y(n214) );
  AND2X1 U395 ( .A1(n459), .A2(n394), .Y(n409) );
  INVX1 U396 ( .A(n409), .Y(n215) );
  AND2X1 U397 ( .A1(n129), .A2(n339), .Y(n341) );
  INVX1 U398 ( .A(n341), .Y(n216) );
  AND2X1 U399 ( .A1(inp[15]), .A2(n71), .Y(n653) );
  INVX1 U400 ( .A(n653), .Y(n217) );
  AND2X1 U401 ( .A1(n197), .A2(n260), .Y(n559) );
  INVX1 U402 ( .A(n559), .Y(n218) );
  AND2X1 U403 ( .A1(n130), .A2(n204), .Y(n400) );
  INVX1 U404 ( .A(n400), .Y(n219) );
  AND2X1 U405 ( .A1(n208), .A2(n557), .Y(n558) );
  INVX1 U406 ( .A(n558), .Y(n220) );
  AND2X1 U407 ( .A1(n203), .A2(n485), .Y(n415) );
  INVX1 U408 ( .A(n415), .Y(n221) );
  AND2X1 U409 ( .A1(n16), .A2(n297), .Y(n516) );
  INVX1 U410 ( .A(n516), .Y(n222) );
  AND2X1 U411 ( .A1(n253), .A2(n609), .Y(n633) );
  INVX1 U412 ( .A(n633), .Y(n223) );
  AND2X1 U413 ( .A1(n111), .A2(n360), .Y(n362) );
  INVX1 U414 ( .A(n362), .Y(n224) );
  AND2X1 U415 ( .A1(n17), .A2(n285), .Y(n301) );
  INVX1 U416 ( .A(n301), .Y(n225) );
  AND2X1 U417 ( .A1(n77), .A2(n372), .Y(n374) );
  INVX1 U418 ( .A(n374), .Y(n226) );
  AND2X1 U419 ( .A1(n202), .A2(n263), .Y(n505) );
  INVX1 U420 ( .A(n505), .Y(n227) );
  AND2X1 U421 ( .A1(n150), .A2(n157), .Y(n624) );
  INVX1 U422 ( .A(n624), .Y(n228) );
  AND2X1 U423 ( .A1(n76), .A2(n152), .Y(n520) );
  INVX1 U424 ( .A(n520), .Y(n229) );
  AND2X1 U425 ( .A1(n643), .A2(n140), .Y(n651) );
  INVX1 U426 ( .A(n651), .Y(n230) );
  AND2X1 U427 ( .A1(n443), .A2(n20), .Y(n451) );
  INVX1 U428 ( .A(n451), .Y(n231) );
  AND2X1 U429 ( .A1(n110), .A2(n239), .Y(n302) );
  INVX1 U430 ( .A(n302), .Y(n232) );
  AND2X1 U431 ( .A1(n103), .A2(n238), .Y(n537) );
  INVX1 U432 ( .A(n537), .Y(n233) );
  AND2X1 U433 ( .A1(n103), .A2(n636), .Y(n643) );
  INVX1 U434 ( .A(n643), .Y(n234) );
  AND2X1 U435 ( .A1(n231), .A2(n452), .Y() );
  INVX1 U436 ( .A(n529), .Y() );
  AND2X1 U437 ( .A1(n82), .A2(n175), .Y(n337) );
  INVX1 U438 ( .A(n337), .Y(n236) );
  AND2X1 U439 ( .A1(n18), .A2(n213), .Y(n568) );
  INVX1 U440 ( .A(n568), .Y(n237) );
  AND2X1 U441 ( .A1(n211), .A2(n536), .Y() );
  INVX1 U442 ( .A(n635), .Y() );
  AND2X1 U443 ( .A1(n225), .A2(n393), .Y(n317) );
  INVX1 U444 ( .A(n317), .Y(n239) );
  AND2X1 U445 ( .A1(n227), .A2(n504), .Y(n586) );
  INVX1 U446 ( .A(n586), .Y(n240) );
  AND2X1 U447 ( .A1(n375), .A2(n226), .Y(n399) );
  INVX1 U448 ( .A(n399), .Y(n241) );
  AND2X1 U449 ( .A1(n224), .A2(n363), .Y(n465) );
  INVX1 U450 ( .A(n465), .Y(n242) );
  AND2X1 U451 ( .A1(n50), .A2(n114), .Y(n350) );
  INVX1 U452 ( .A(n350), .Y(n243) );
  AND2X1 U453 ( .A1(n218), .A2(n558), .Y(n607) );
  INVX1 U454 ( .A(n607), .Y(n244) );
  AND2X1 U455 ( .A1(n223), .A2(n634), .Y(n669) );
  INVX1 U456 ( .A(n669), .Y(n245) );
  AND2X1 U457 ( .A1(n234), .A2(n642), .Y(n649) );
  INVX1 U458 ( .A(n649), .Y(n246) );
  AND2X1 U459 ( .A1(n216), .A2(n340), .Y(n378) );
  INVX1 U460 ( .A(n378), .Y(n247) );
  AND2X1 U461 ( .A1(n212), .A2(inp[30]), .Y(n659) );
  INVX1 U462 ( .A(n659), .Y(n248) );
  AND2X1 U463 ( .A1(n196), .A2(n254), .Y(n696) );
  INVX1 U464 ( .A(n696), .Y(n249) );
  AND2X1 U465 ( .A1(n49), .A2(n296), .Y(n410) );
  INVX1 U466 ( .A(n410), .Y(n250) );
  AND2X1 U467 ( .A1(n308), .A2(n307), .Y(n309) );
  INVX1 U468 ( .A(n309), .Y(n251) );
  AND2X1 U469 ( .A1(n40), .A2(n369), .Y(n375) );
  INVX1 U470 ( .A(n375), .Y(n252) );
  AND2X1 U471 ( .A1(n220), .A2(n559), .Y(n610) );
  INVX1 U472 ( .A(n610), .Y(n253) );
  AND2X1 U473 ( .A1(n46), .A2(n256), .Y(n690) );
  INVX1 U474 ( .A(n690), .Y(n254) );
  AND2X1 U475 ( .A1(n89), .A2(n257), .Y(n429) );
  INVX1 U476 ( .A(n429), .Y(n255) );
  AND2X1 U477 ( .A1(n8), .A2(n671), .Y(n674) );
  INVX1 U478 ( .A(n674), .Y(n256) );
  AND2X1 U479 ( .A1(n136), .A2(n380), .Y(n383) );
  INVX1 U480 ( .A(n383), .Y(n257) );
  AND2X1 U481 ( .A1(n109), .A2(n401), .Y(n423) );
  INVX1 U482 ( .A(n423), .Y(n258) );
  AND2X1 U483 ( .A1(n132), .A2(n600), .Y(n605) );
  INVX1 U484 ( .A(n605), .Y(n259) );
  AND2X1 U485 ( .A1(n61), .A2(n229), .Y(n553) );
  INVX1 U486 ( .A(n553), .Y(n260) );
  AND2X1 U487 ( .A1(n45), .A2(n162), .Y(n599) );
  INVX1 U488 ( .A(n599), .Y(n261) );
  AND2X1 U489 ( .A1(n54), .A2(n66), .Y(n667) );
  INVX1 U490 ( .A(n667), .Y(n262) );
  AND2X1 U491 ( .A1(n34), .A2(n164), .Y(n503) );
  INVX1 U492 ( .A(n503), .Y(n263) );
  AND2X1 U493 ( .A1(n133), .A2(n474), .Y(n480) );
  INVX1 U494 ( .A(n480), .Y(n264) );
  AND2X1 U495 ( .A1(n161), .A2(n509), .Y(n527) );
  INVX1 U496 ( .A(n527), .Y(n265) );
  AND2X1 U497 ( .A1(n583), .A2(n582), .Y(n602) );
  INVX1 U498 ( .A(n602), .Y(n266) );
  AND2X1 U499 ( .A1(n254), .A2(n688), .Y(n678) );
  INVX1 U500 ( .A(n678), .Y(n267) );
  AND2X1 U501 ( .A1(n263), .A2(n501), .Y(n469) );
  INVX1 U502 ( .A(n469), .Y(n268) );
  AND2X1 U503 ( .A1(n261), .A2(n600), .Y(n595) );
  INVX1 U504 ( .A(n595), .Y(n269) );
  AND2X1 U505 ( .A1(n345), .A2(n282), .Y(n347) );
  INVX1 U506 ( .A(n347), .Y(n270) );
  AND2X1 U507 ( .A1(n444), .A2(n534), .Y() );
  INVX1 U508 ( .A(n612), .Y() );
  AND2X1 U509 ( .A1(n327), .A2(n458), .Y(n329) );
  INVX1 U510 ( .A(n329), .Y(n272) );
  AND2X1 U511 ( .A1(n79), .A2(n454), .Y(n455) );
  INVX1 U512 ( .A(n455), .Y(n273) );
  AND2X1 U513 ( .A1(n22), .A2(n291), .Y(n657) );
  INVX1 U514 ( .A(n657), .Y(n274) );
  AND2X1 U515 ( .A1(n134), .A2(n335), .Y(n355) );
  INVX1 U516 ( .A(n355), .Y(n275) );
  XNOR2X1 U517 ( .A1(inp[36]), .A2(n368), .Y(n358) );
  INVX1 U518 ( .A(n358), .Y(n276) );
  XNOR2X1 U519 ( .A1(n143), .A2(n69), .Y(n487) );
  INVX1 U520 ( .A(n487), .Y(n277) );
  AND2X1 U521 ( .A1(inp[41]), .A2(inp[40]), .Y(n489) );
  INVX1 U522 ( .A(n489), .Y(n278) );
  AND2X1 U523 ( .A1(n357), .A2(n288), .Y(n363) );
  INVX1 U524 ( .A(n363), .Y(n279) );
  AND2X1 U525 ( .A1(n41), .A2(n283), .Y(n445) );
  INVX1 U526 ( .A(n445), .Y(n280) );
  AND2X1 U527 ( .A1(inp[29]), .A2(n417), .Y(n371) );
  INVX1 U528 ( .A(n371), .Y(n281) );
  AND2X1 U529 ( .A1(n344), .A2(n343), .Y(n385) );
  INVX1 U530 ( .A(n385), .Y(n282) );
  AND2X1 U531 ( .A1(n444), .A2(n613), .Y(n495) );
  INVX1 U532 ( .A(n495), .Y(n283) );
  AND2X1 U533 ( .A1(n151), .A2(inp[35]), .Y() );
  INVX1 U534 ( .A(n639), .Y() );
  AND2X1 U535 ( .A1(inp[13]), .A2(inp[20]), .Y(n312) );
  INVX1 U536 ( .A(n312), .Y(n285) );
  INVX1 U537 ( .A(n601), .Y(n286) );
  INVX1 U538 ( .A(n286), .Y(n287) );
  AND2X1 U539 ( .A1(n80), .A2(n91), .Y(n356) );
  INVX1 U540 ( .A(n356), .Y(n288) );
  INVX1 U541 ( .A(n531), .Y(n289) );
  INVX1 U542 ( .A(n289), .Y(n290) );
  AND2X1 U543 ( .A1(n217), .A2(inp[31]), .Y(n685) );
  INVX1 U544 ( .A(n685), .Y(n291) );
  AND2X1 U545 ( .A1(n682), .A2(n147), .Y(n698) );
  INVX1 U546 ( .A(n698), .Y(n292) );
  AND2X1 U547 ( .A1(n14), .A2(n75), .Y(n417) );
  INVX1 U548 ( .A(n417), .Y(n293) );
  AND2X1 U549 ( .A1(inp[28]), .A2(inp[24]), .Y(n351) );
  INVX1 U550 ( .A(n351), .Y(n294) );
  AND2X1 U551 ( .A1(n299), .A2(inp[12]), .Y(n303) );
  INVX1 U552 ( .A(n303), .Y(n295) );
  AND2X1 U553 ( .A1(n391), .A2(n390), .Y(n444) );
  INVX1 U554 ( .A(n444), .Y(n296) );
  AND2X1 U555 ( .A1(n457), .A2(inp[22]), .Y() );
  INVX1 U556 ( .A(n542), .Y() );
  INVX1 U557 ( .A(inp[20]), .Y(n299) );
  INVX1 U558 ( .A(inp[12]), .Y(n322) );
  NAND2X1 U559 ( .A1(inp[20]), .A2(n322), .Y(n298) );
  AND2X1 U560 ( .A1(n295), .A2(n298), .Y(out[0]) );
  INVX1 U561 ( .A(inp[21]), .Y(n393) );
  INVX1 U562 ( .A(inp[13]), .Y(n391) );
  NAND2X1 U563 ( .A1(n303), .A2(n232), .Y() );
  NAND2X1 U564 ( .A1(n302), .A2(n295), .Y(n304) );
  NAND2X1 U565 ( .A1(n305), .A2(n304), .Y(out[1]) );
  INVX1 U566 ( .A(inp[28]), .Y(n441) );
  INVX1 U567 ( .A(inp[24]), .Y(n343) );
  NAND2X1 U568 ( .A1(n114), .A2(inp[0]), .Y(n308) );
  NAND2X1 U569 ( .A1(n114), .A2(inp[14]), .Y() );
  INVX1 U570 ( .A(inp[40]), .Y(n454) );
  OR2X1 U571 ( .A1(n285), .A2(n159), .Y() );
  INVX1 U572 ( .A(inp[32]), .Y(n327) );
  INVX1 U573 ( .A(inp[22]), .Y(n458) );
  NAND2X1 U574 ( .A1(inp[32]), .A2(inp[22]), .Y(n313) );
  OR2X1 U575 ( .A1(n175), .A2(n82), .Y(n339) );
  NAND2X1 U576 ( .A1(n303), .A2(n239), .Y() );
  OR2X1 U577 ( .A1(n67), .A2(n179), .Y(n320) );
  NAND2X1 U578 ( .A1(n320), .A2(n189), .Y(out[2]) );
  NOR2X1 U579 ( .A1(inp[15]), .A2(n322), .Y(n392) );
  INVX1 U580 ( .A(n392), .Y(n390) );
  NAND2X1 U581 ( .A1(inp[15]), .A2(n322), .Y() );
  NAND2X1 U582 ( .A1(n112), .A2(inp[20]), .Y(n325) );
  NAND2X1 U583 ( .A1(n112), .A2(inp[23]), .Y() );
  INVX1 U584 ( .A(inp[41]), .Y(n492) );
  AND2X1 U585 ( .A1(n278), .A2(n74), .Y(n365) );
  INVX1 U586 ( .A(inp[33]), .Y(n326) );
  INVX1 U587 ( .A(inp[29]), .Y(n536) );
  OR2X1 U588 ( .A1(n80), .A2(n91), .Y(n354) );
  NAND2X1 U589 ( .A1(n354), .A2(n288), .Y(n336) );
  INVX1 U590 ( .A(n102), .Y(n340) );
  NAND2X1 U591 ( .A1(n247), .A2(n136), .Y(n353) );
  NAND2X1 U592 ( .A1(inp[25]), .A2(inp[24]), .Y(n345) );
  INVX1 U593 ( .A(inp[25]), .Y(n344) );
  INVX1 U594 ( .A(inp[1]), .Y(n346) );
  AND2X1 U595 ( .A1(n40), .A2(n13), .Y(n368) );
  XOR2X1 U596 ( .A1(n353), .A2(n100), .Y(out[3]) );
  NAND2X1 U597 ( .A1(n354), .A2(n275), .Y(n357) );
  NAND2X1 U598 ( .A1(n358), .A2(n104), .Y(n360) );
  NAND2X1 U599 ( .A1(n279), .A2(n362), .Y() );
  NAND2X1 U600 ( .A1(n368), .A2(inp[36]), .Y(n369) );
  NAND2X1 U601 ( .A1(n329), .A2(n281), .Y(n372) );
  NAND2X1 U602 ( .A1(n100), .A2(n247), .Y(n380) );
  OR2X1 U603 ( .A1(n257), .A2(n89), .Y(n432) );
  NOR2X1 U604 ( .A1(inp[26]), .A2(n282), .Y() );
  INVX1 U605 ( .A(n404), .Y() );
  NAND2X1 U606 ( .A1(n282), .A2(inp[26]), .Y(n386) );
  INVX1 U607 ( .A(inp[30]), .Y() );
  OR2X1 U608 ( .A1(n90), .A2(n85), .Y(n435) );
  NOR2X1 U609 ( .A1(n112), .A2(n393), .Y() );
  INVX1 U610 ( .A(n457), .Y() );
  NAND2X1 U611 ( .A1(n112), .A2(n393), .Y(n394) );
  INVX1 U612 ( .A(n101), .Y(n430) );
  NAND2X1 U613 ( .A1(n137), .A2(n430), .Y(n398) );
  NAND2X1 U614 ( .A1(n398), .A2(n29), .Y(out[4]) );
  NAND2X1 U615 ( .A1(n219), .A2(n241), .Y(n401) );
  INVX1 U616 ( .A(inp[27]), .Y(n403) );
  NAND2X1 U617 ( .A1(inp[27]), .A2(n405), .Y(n406) );
  AND2X1 U618 ( .A1(n143), .A2(n406), .Y(n407) );
  NOR2X1 U619 ( .A1(inp[38]), .A2(n407), .Y() );
  INVX1 U620 ( .A(n486), .Y() );
  OR2X1 U621 ( .A1(n250), .A2(n215), .Y(n413) );
  NAND2X1 U622 ( .A1(n92), .A2(inp[2]), .Y(n412) );
  OR2X1 U623 ( .A1(n221), .A2(n149), .Y(n509) );
  NAND2X1 U624 ( .A1(n96), .A2(n293), .Y(n420) );
  NAND2X1 U625 ( .A1(n94), .A2(inp[37]), .Y(n419) );
  AND2X1 U626 ( .A1(n419), .A2(n420), .Y(n508) );
  OR2X1 U627 ( .A1(n258), .A2(n37), .Y(n478) );
  INVX1 U628 ( .A(inp[31]), .Y() );
  INVX1 U629 ( .A(inp[4]), .Y(n424) );
  AND2X1 U630 ( .A1(n68), .A2(n73), .Y(n427) );
  AND2X1 U631 ( .A1(n155), .A2(n88), .Y(n522) );
  NAND2X1 U632 ( .A1(n255), .A2(n430), .Y(n431) );
  OR2X1 U633 ( .A1(n34), .A2(n164), .Y(n501) );
  NAND2X1 U634 ( .A1(n142), .A2(inp[28]), .Y(n440) );
  NAND2X1 U635 ( .A1(n440), .A2(inp[30]), .Y() );
  INVX1 U636 ( .A(inp[14]), .Y() );
  INVX1 U637 ( .A(inp[35]), .Y(n481) );
  INVX1 U638 ( .A(inp[34]), .Y(n447) );
  NAND2X1 U639 ( .A1(inp[33]), .A2(inp[32]), .Y(n446) );
  XOR2X1 U640 ( .A1(n178), .A2(n99), .Y(n450) );
  NAND2X1 U641 ( .A1(n451), .A2(n450), .Y(n531) );
  INVX1 U642 ( .A(n450), .Y(n452) );
  NAND2X1 U643 ( .A1(n290), .A2(n235), .Y(n461) );
  INVX1 U644 ( .A(inp[42]), .Y(n453) );
  INVX1 U645 ( .A(inp[43]), .Y(n490) );
  AND2X1 U646 ( .A1(n70), .A2(n31), .Y(n515) );
  OR2X1 U647 ( .A1(n60), .A2(n55), .Y(n474) );
  NAND2X1 U648 ( .A1(n98), .A2(n242), .Y(n466) );
  AND2X1 U649 ( .A1(n108), .A2(n466), .Y(n473) );
  OR2X1 U650 ( .A1(n268), .A2(n115), .Y(n470) );
  NAND2X1 U651 ( .A1(n470), .A2(n201), .Y(out[5]) );
  NAND2X1 U652 ( .A1(n42), .A2(n146), .Y(n477) );
  OR2X1 U653 ( .A1(n264), .A2(n176), .Y(n594) );
  OR2X1 U654 ( .A1(n283), .A2(n186), .Y(n534) );
  AND2X1 U655 ( .A1(n534), .A2(n128), .Y(n569) );
  AND2X1 U656 ( .A1(inp[23]), .A2(n297), .Y() );
  OR2X1 U657 ( .A1(n81), .A2(n33), .Y(n557) );
  NAND2X1 U658 ( .A1(n557), .A2(n144), .Y(n499) );
  XOR2X1 U659 ( .A1(n166), .A2(n87), .Y(n506) );
  INVX1 U660 ( .A(n506), .Y(n504) );
  NAND2X1 U661 ( .A1(n240), .A2(n9), .Y(n533) );
  OR2X1 U662 ( .A1(n229), .A2(n61), .Y(n550) );
  NAND2X1 U663 ( .A1(n550), .A2(n260), .Y(n525) );
  AND2X1 U664 ( .A1(n168), .A2(n68), .Y(n551) );
  XOR2X1 U665 ( .A1(n525), .A2(n551), .Y(n526) );
  OR2X1 U666 ( .A1(n265), .A2(n526), .Y(n582) );
  NAND2X1 U667 ( .A1(n265), .A2(n526), .Y(n580) );
  NAND2X1 U668 ( .A1(n582), .A2(n27), .Y(n532) );
  AND2X1 U669 ( .A1(n290), .A2(n11), .Y(n581) );
  XOR2X1 U670 ( .A1(n533), .A2(n63), .Y(out[6]) );
  NAND2X1 U671 ( .A1(n537), .A2(inp[31]), .Y() );
  OR2X1 U672 ( .A1(n297), .A2(n84), .Y() );
  NAND2X1 U673 ( .A1(n84), .A2(n297), .Y(n543) );
  OR2X1 U674 ( .A1(n148), .A2(n83), .Y(n627) );
  AND2X1 U675 ( .A1(n143), .A2(n69), .Y(n548) );
  AND2X1 U676 ( .A1(n548), .A2(inp[6]), .Y() );
  XOR2X1 U677 ( .A1(n32), .A2(n126), .Y(n578) );
  INVX1 U678 ( .A(n578), .Y(n576) );
  NAND2X1 U679 ( .A1(n244), .A2(n253), .Y(n575) );
  INVX1 U680 ( .A(inp[39]), .Y() );
  NAND2X1 U681 ( .A1(n52), .A2(inp[5]), .Y(n565) );
  OR2X1 U682 ( .A1(n157), .A2(n150), .Y(n621) );
  AND2X1 U683 ( .A1(n621), .A2(n228), .Y(n574) );
  AND2X1 U684 ( .A1(n205), .A2(n10), .Y(n622) );
  XOR2X1 U685 ( .A1(n44), .A2(n575), .Y(n577) );
  INVX1 U686 ( .A(n577), .Y(n579) );
  NAND2X1 U687 ( .A1(n579), .A2(n578), .Y(n601) );
  NAND2X1 U688 ( .A1(n25), .A2(n287), .Y(n584) );
  NAND2X1 U689 ( .A1(n581), .A2(n27), .Y(n583) );
  NAND2X1 U690 ( .A1(n63), .A2(n240), .Y(n587) );
  OR2X1 U691 ( .A1(n45), .A2(n162), .Y(n600) );
  OR2X1 U692 ( .A1(n269), .A2(n184), .Y(n596) );
  NAND2X1 U693 ( .A1(n596), .A2(n183), .Y(out[7]) );
  NAND2X1 U694 ( .A1(n266), .A2(n287), .Y(n604) );
  OR2X1 U695 ( .A1(n64), .A2(n259), .Y(n675) );
  NAND2X1 U696 ( .A1(n44), .A2(n244), .Y(n609) );
  AND2X1 U697 ( .A1(n71), .A2(n41), .Y(n616) );
  NOR2X1 U698 ( .A1(n214), .A2(n616), .Y(n658) );
  INVX1 U699 ( .A(n658), .Y(n656) );
  NAND2X1 U700 ( .A1(n616), .A2(n214), .Y(n617) );
  NAND2X1 U701 ( .A1(n72), .A2(n248), .Y(n620) );
  INVX1 U702 ( .A(inp[7]), .Y(n660) );
  OR2X1 U703 ( .A1(n66), .A2(n54), .Y(n664) );
  AND2X1 U704 ( .A1(n200), .A2(n185), .Y(n665) );
  XOR2X1 U705 ( .A1(n12), .A2(n665), .Y(n632) );
  INVX1 U706 ( .A(n632), .Y(n634) );
  NAND2X1 U707 ( .A1(n245), .A2(n8), .Y(n645) );
  NAND2X1 U708 ( .A1(n238), .A2(inp[31]), .Y(n636) );
  OR2X1 U709 ( .A1(n284), .A2(n209), .Y(n640) );
  AND2X1 U710 ( .A1(n246), .A2(n230), .Y(n644) );
  NAND2X1 U711 ( .A1(n30), .A2(n117), .Y(out[8]) );
  AND2X1 U712 ( .A1(n72), .A2(n24), .Y(n682) );
  XOR2X1 U713 ( .A1(n682), .A2(n127), .Y(n663) );
  OR2X1 U714 ( .A1(n59), .A2(n663), .Y(n693) );
  NAND2X1 U715 ( .A1(n693), .A2(n28), .Y(n668) );
  NAND2X1 U716 ( .A1(n43), .A2(n245), .Y(n671) );
  OR2X1 U717 ( .A1(n256), .A2(n46), .Y(n688) );
  OR2X1 U718 ( .A1(n267), .A2(n113), .Y(n679) );
  NAND2X1 U719 ( .A1(n679), .A2(n160), .Y(out[9]) );
  NAND2X1 U720 ( .A1(n169), .A2(n291), .Y(n687) );
  NAND2X1 U721 ( .A1(n685), .A2(n292), .Y(n686) );
  NAND2X1 U722 ( .A1(n28), .A2(n62), .Y(n694) );
  XOR2X1 U723 ( .A1(n167), .A2(n181), .Y(out[10]) );
  INVX1 U724 ( .A(out[12]), .Y(n706) );
  AND2X1 U725 ( .A1(n190), .A2(n188), .Y(n704) );
  NAND2X1 U726 ( .A1(n170), .A2(n706), .Y(out[11]) );
  assign n547 = 1'b0;
  assign n305 = 1'b1;
  assign n307 = 1'b1;
  assign n47 = 1'b1;
  assign n319 = 1'b1;
  assign n271 = 1'b1;
  assign n521 = 1'b0;
  assign n284 = 1'b1;
  assign n570 = 1'b0;
  assign n114 = 1'b1;
  assign n51 = 1'b1;
  assign n613 = 1'b1;
  assign n104 = 1'b1;
  assign n41 = 1'b1;
  assign n238 = 1'b1;
  assign n572 = 1'b0;
  assign n467 = 1'b1;
  assign n297 = 1'b1;
  assign n123 = 1'b0;
  assign n235 = 1'b1;
  assign n635 = 1'b0;
  assign n143 = 1'b1;
  assign n618 = 1'b1;
  assign n324 = 1'b1;
  assign n323 = 1'b1;
  assign n614 = 1'b0;
  assign n486 = 1'b0;
  assign n443 = 1'b1;
  assign n49 = 1'b1;
  assign n31 = 1'b1;
  assign n561 = 1'b1;
  assign n456 = 1'b0;
  assign n124 = 1'b0;
  assign n405 = 1'b1;
  assign n612 = 1'b0;
  assign n112 = 1'b1;
  assign n404 = 1'b0;
  assign n549 = 1'b0;
  assign n485 = 1'b1;
  assign n519 = 1'b0;
  assign n529 = 1'b0;
  assign n359 = 1'b0;
  assign n125 = 1'b0;
  assign n538 = 1'b1;
  assign n639 = 1'b0;
  assign n459 = 1'b1;
  assign n335 = 1'b1;
  assign n457 = 1'b0;
  assign n654 = 1'b1;
  assign n107 = 1'b0;
  assign n73 = 1'b1;
  assign n206 = 1'b1;
  assign n108 = 1'b1;
  assign n205 = 1'b1;
  assign n562 = 1'b0;
  assign n641 = 1'b1;
  assign n121 = 1'b0;
  assign n542 = 1'b0;
endmodule

module INVX1 (Y, A);
        output Y;
        input A;

        // Function
        not (Y, A);
endmodule


module NAND2X1 (Y, A1, A2);
        output Y;
        input A1, A2;

        // Function
        wire A__bar, B__bar;

        not (B__bar, A2);
        not (A__bar, A1);
        or (Y, A__bar, B__bar);
endmodule


module NOR2X1 (Y, A1, A2);
        output Y;
        input A1, A2;

        // Function
        wire A__bar, B__bar;

        not (B__bar, A2);
        not (A__bar, A1);
        and (Y, A__bar, B__bar);
endmodule

module AND2X1 (Y, A1, A2);
        output Y;
        input A1, A2;

        // Function
        and (Y, A1, A2);
endmodule

module OR2X1 (Y, A1, A2);
        output Y;
        input A1, A2;

        // Function
        or (Y, A1, A2);
endmodule


module XNOR2X1 (Y, A1, A2);
        output Y;
        input A1, A2;

        // Function
        wire A__bar, B__bar, int_fwire_0;
        wire int_fwire_1;

        not (B__bar, A2);
        not (A__bar, A1);
        and (int_fwire_0, A__bar, B__bar);
        and (int_fwire_1, A1, A2);
        or (Y, int_fwire_1, int_fwire_0);
endmodule


module XOR2X1 (Y, A1, A2);
        output Y;
        input A1, A2;

        // Function
        wire A__bar, B__bar, int_fwire_0;
        wire int_fwire_1;

        not (A__bar, A1);
        and (int_fwire_0, A__bar, A2);
        not (B__bar, A2);
        and (int_fwire_1, A1, B__bar);
        or (Y, int_fwire_1, int_fwire_0);
endmodule